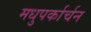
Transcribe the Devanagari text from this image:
मधुपर्कार्चन